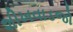
શીખવાડજો